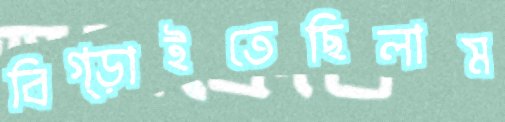
বিগ্‌ড়াইতেছিলাম